Leaving Certificate Examination, 1923
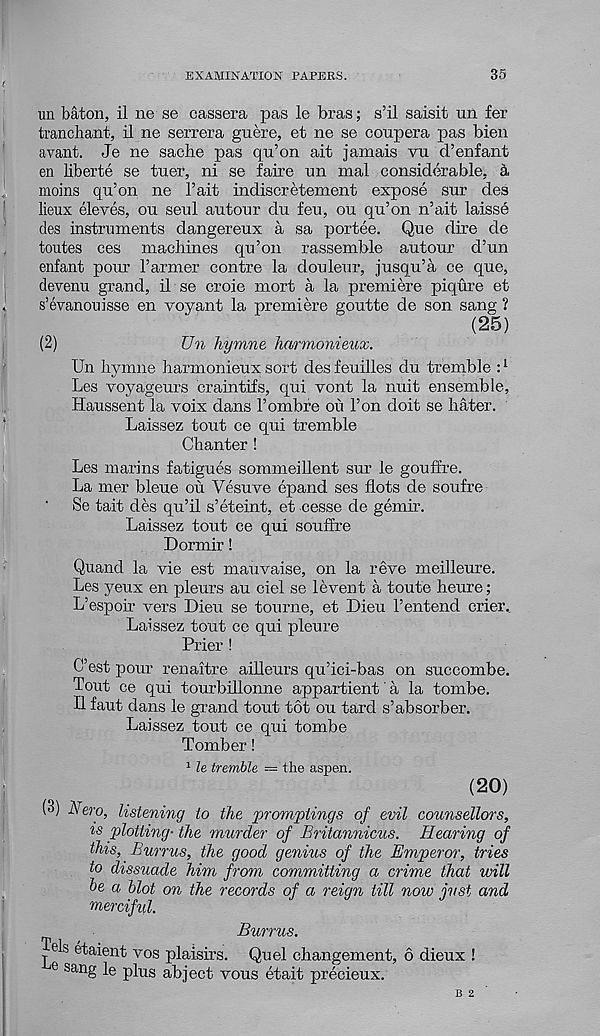
EXAMINATION PAPERS.
35
un baton, il ne se cassera pas le bras; s’il saisit tin fer
tranchant, il ne serrera guere, et ne se coupera pas bien
avant. Je ne sacbe pas qu’on ait jamais vu d’enfant
en liberte se tuer, ni se faire un mal considerable, a
moms qn’on ne bait indiscretement expose sur des
lieux eleves, on seul autour du feu, ou qu’on n’ait laisse
des instruments dangereux a sa portee. Que dire de
toutes ces machines qu’on rassemble autour d’un
enfant pour Farmer centre la douleur, jusqu’a ce que,
devenu grand, il se croie mort a la premiere piqure et
s’evanouisse en voyant la premiere goutte de son sang ?
(25)
(2)
Un hymne harmomeux.
Un hymne harmonieux sort des feuilles du tremble : 1
Les yoyageurs craintifs, qui vont la nuit ensemble,
Haussent la voix dans F ombre ou Fon doit se hater.
Laissez tout ce qui tremble
Chanter !
Les marins fatigues sommeillent sur le gouffre.
La mer bleue ou Vesuve epand ses flots de soufre
Se tait des qu’il s’eteint, et cesse de gemir.
Laissez tout ce qui souffre
Dormir!
Quand la vie est mauvaise, on la reve meilleure.
Les yeux en pleurs au ciel se levent a toute heure;
L’espoir vers Dieu se tourne, et Dieu Fentend crier.,
Laissez tout ce qui pleure
Frier !
C’est pour renaitre ailleurs qu’ici-bas on succombe.
Tout ce qui tourbillonne appartient' a la tombe.
11 faut dans le grand tout tot ou tard s’absorber.
Laissez tout ce qui tombe
Tomber!
1 le tremble = the aspen.
(20)
(3) Nero, listening to the promptings of evil counsellors,
is plotting- the murder of Britannicus. Hearing of
this, Burrus, the good genius of the Emperor, tries
to dissuade him from committing a crime that will
he a blot on the records of a reign till now just and
merciful.
Burrus.
e s etaient vos plaisirs. Quel changement, 6 dieux !
e sang le plus abject vous etait precieux.
B 2